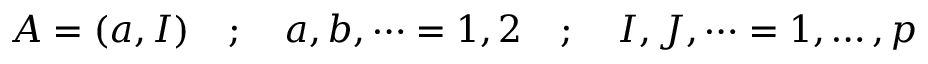
A = ( a , I ) \quad ; \quad a , b , \dots = 1 , 2 \quad ; \quad I , J , \dots = 1 , \dots , p